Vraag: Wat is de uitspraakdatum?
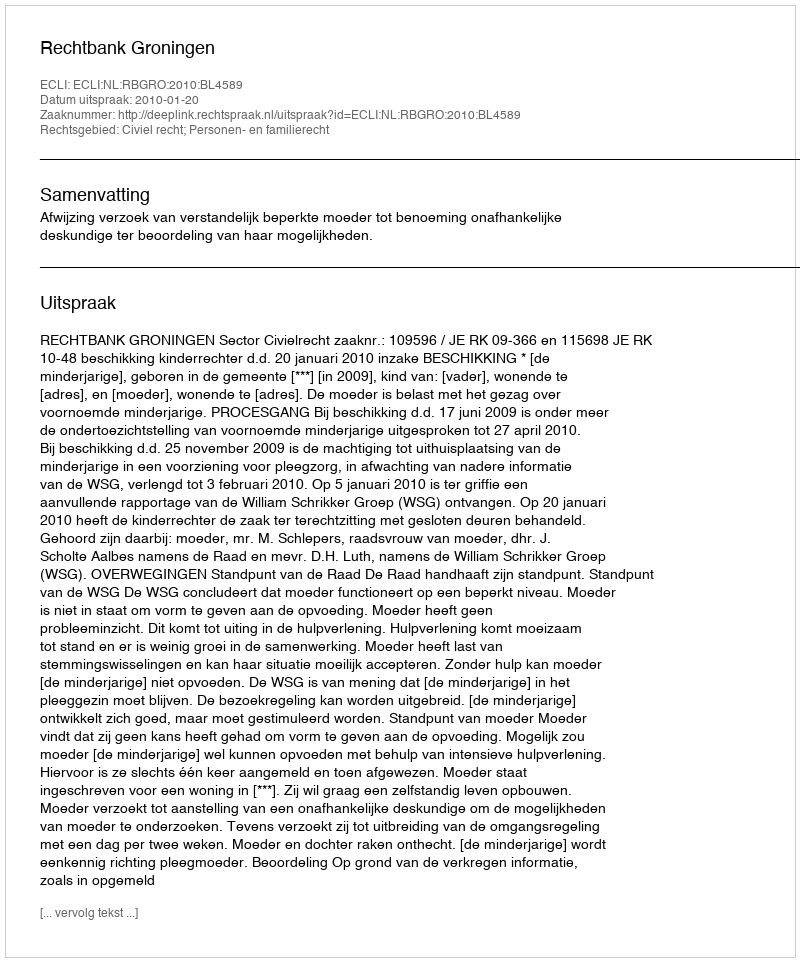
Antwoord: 2010-01-20